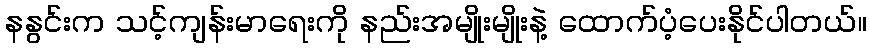
နနွင်းက သင့်ကျန်းမာရေးကို နည်းအမျိုးမျိုးနဲ့ ထောက်ပံ့ပေးနိုင်ပါတယ်။